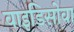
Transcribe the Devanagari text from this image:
वाइडिसोवा